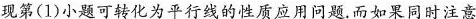
现第(1)小题可转化为平行线的性质应用问题,而如果同时注意